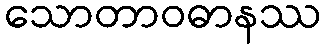
သောတာဝဓာနဿ